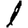
Digit: 1